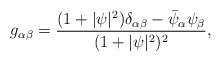
\begin{align*}g_{\alpha\beta}=\frac{(1+\vert\psi\vert^2)\delta_{\alpha\beta}-\bar\psi_\alpha\psi_\beta}{(1+\vert\psi\vert^2)^2} ,\end{align*}